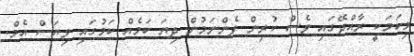
މިކަމަކީ ރާއްޖޭގައި ވެސް ކުރިން ފެންނަމުން ދިޔަ ކަމެއް ކަމުގައި ވިޔަސް އެމް.